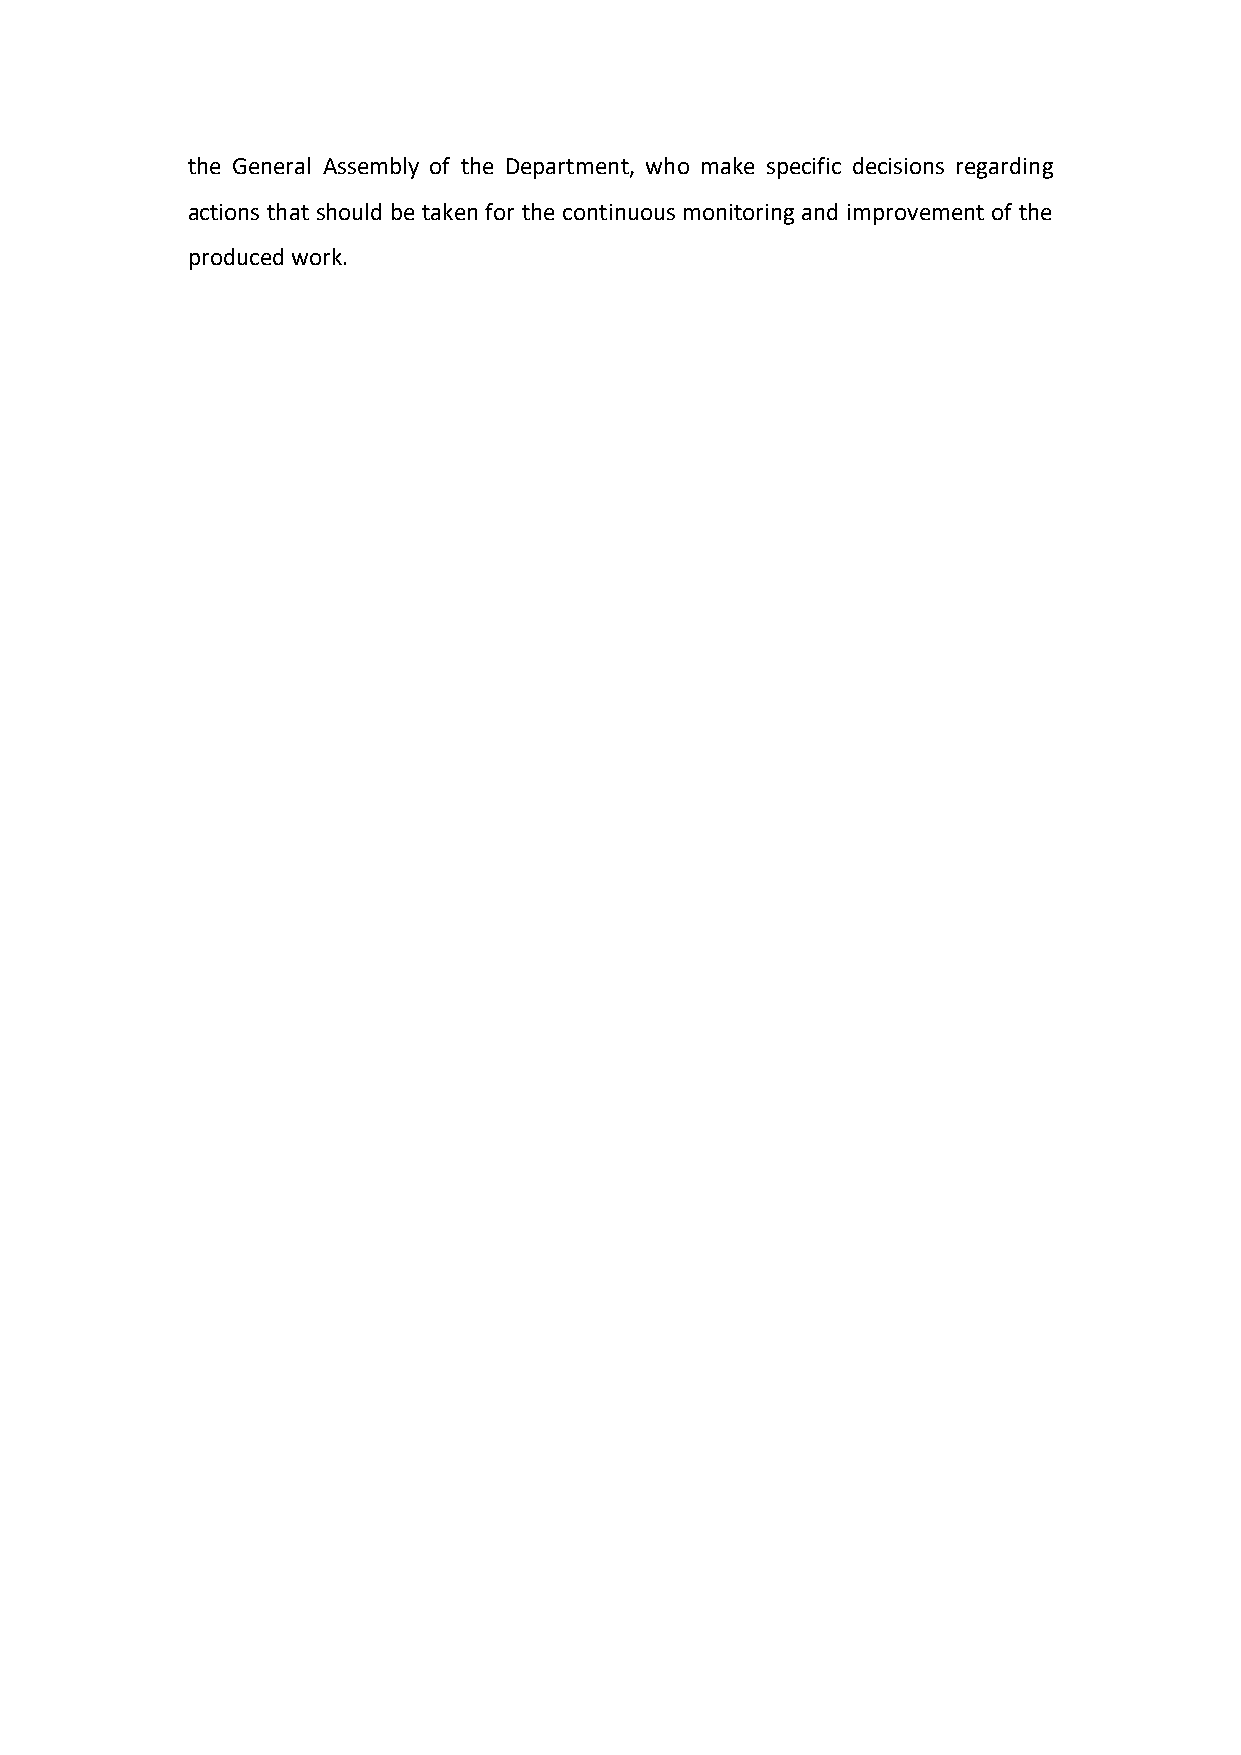
the General Assembly of the Department, who make specific decisions regarding
 actions that should be taken for the continuous monitoring and improvement of the
 produced work.